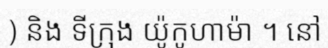
) និង ទីក្រុង យ៉ូកូហាម៉ា ។ នៅ